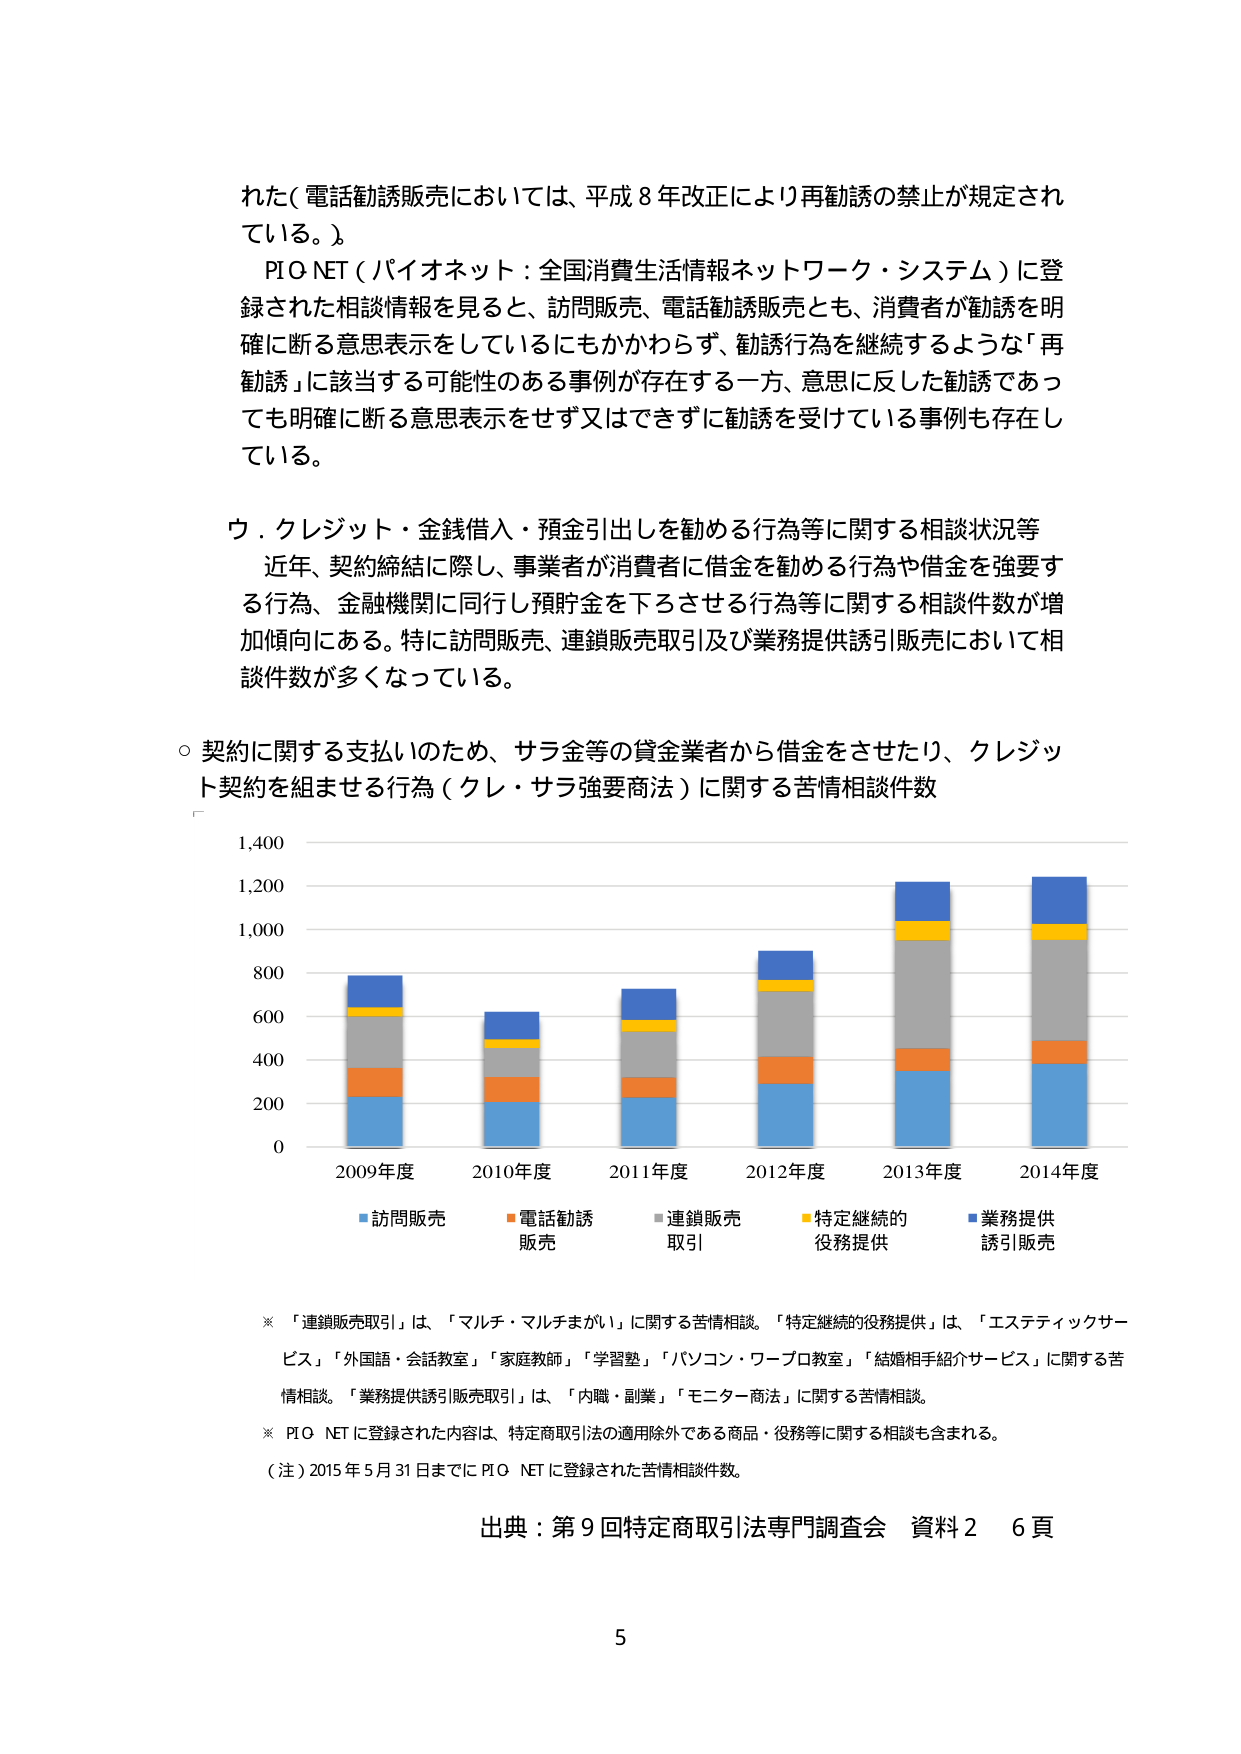
れた（電話勧誘販売においては、平成８年改正により再勧誘の禁止が規定されている。）

PIO NET（パイオネット：全国消費生活情報ネットワーク・システム）に登録された相談情報をみると、訪問販売、電話勧誘販売とも、消費者が勧誘を明確に断る意思表示をしているにもかかわらず、勧誘行為を継続するような「再勧誘」に該当する可能性のある事例が存在する一方、意思に反した勧誘であっても明確に断る意思表示をせず又はできずに勧誘を受けている事例も存在している。

ウ．クレジット・金銭借入・預金引出しを勧める行為等に関する相談状況等
近年、契約締結に際し、事業者が消費者に借金を勧める行為や借金を強要する行為、金融機関に同行し預貯金を下ろさせる行為等に関する相談件数が増加傾向にある。特に訪問販売、連鎖販売取引及び業務提供誘引販売において相談件数が多くなっている。

○ 契約に関する支払いのため、サラ金等の貸金業者から借金をさせたり、クレジット契約を組ませる行為（クレ・サラ強要商法）に関する苦情相談件数

1,400
1,200
1,000
800
600
400
200
0

2009年度　2010年度　2011年度　2012年度　2013年度　2014年度

■ 訪問販売
■ 電話勧誘販売
■ 連鎖販売取引
■ 特定継続的役務提供
■ 業務提供誘引販売

※ 「連鎖販売取引」は、「マルチ・マルチまがい」に関する苦情相談。「特定継続的役務提供」は、「エステティックサービス」「外国語・会話教室」「家庭教師」「学習塾」「パソコン・ワープロ教室」「結婚相手紹介サービス」に関する苦情相談。「業務提供誘引販売取引」は、「内職・副業」「モニター商法」に関する苦情相談。

※ PIO NETに登録された内容は、特定商取引法の適用除外である商品・役務等に関する相談も含まれる。

（注）2015年5月31日までにPIO NETに登録された苦情相談件数。

出典：第9回特定商取引法専門調査会 資料2 6頁

5